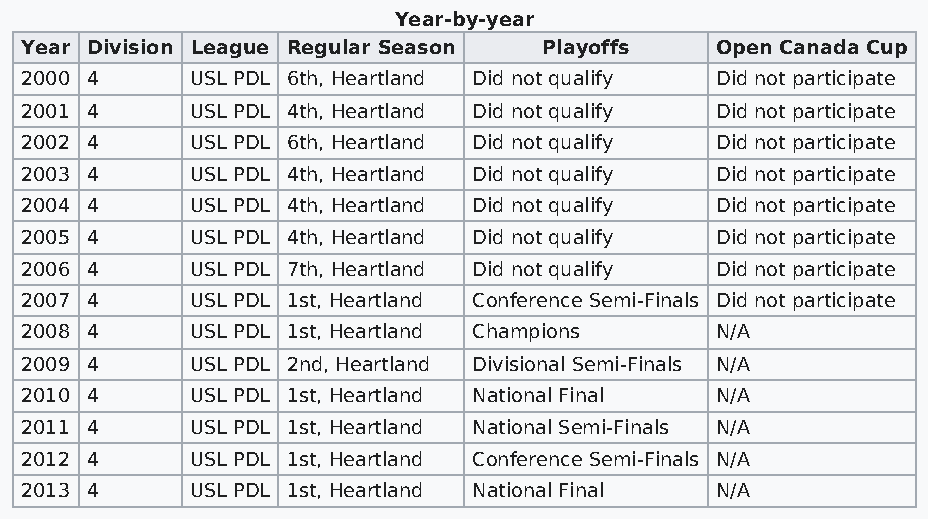
Year-by-year
 Year Division League Regular Season Playoffs  Open Canada Cup
 2000 4      USL PDL 6th, Heartland Did not qualify Did not participate
 2001 4      USL PDL 4th, Heartland Did not qualify Did not participate
 2002 4      USL PDL 6th, Heartland Did not qualify Did not participate
 2003 4      USL PDL 4th, Heartland Did not qualify Did not participate
 2004 4      USL PDL 4th, Heartland Did not qualify Did not participate
 2005 4      USL PDL 4th, Heartland Did not qualify Did not participate
 2006 4      USL PDL 7th, Heartland Did not qualify Did not participate
 2007 4      USL PDL 1st, Heartland Conference Semi-Finals Did not participate
 2008 4      USL PDL 1st, Heartland Champions  N/A
 2009 4      USL PDL 2nd, Heartland Divisional Semi-Finals N/A
 2010 4      USL PDL 1st, Heartland National Final N/A
 2011 4      USL PDL 1st, Heartland National Semi-Finals N/A
 2012 4      USL PDL 1st, Heartland Conference Semi-Finals N/A
 2013 4      USL PDL 1st, Heartland National Final N/A